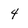
Character: 4